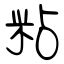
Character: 粘